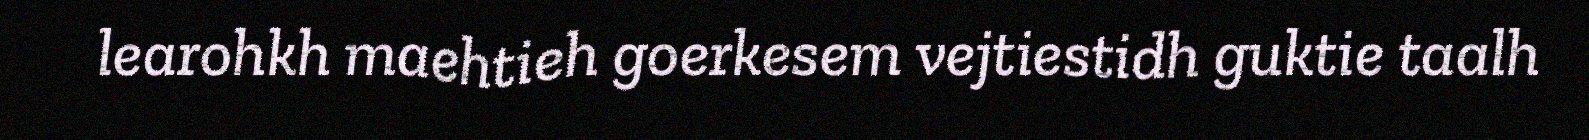
learohkh maehtieh goerkesem vejtiestidh guktie taalh